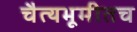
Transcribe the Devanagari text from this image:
चैत्यभूमीतच